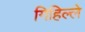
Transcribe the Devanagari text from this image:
गिहिल्ले